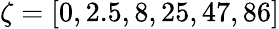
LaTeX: \zeta=[0,2.5,8,25,47,86]